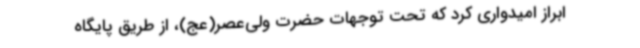
ابراز امیدواری کرد که تحت توجهات حضرت ولی‌عصر(عج)، از طریق پایگاه